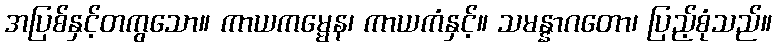
အပြစ်နှင့်တကွသော။ ကာယကမ္မေန၊ ကာယကံနှင့်။ သမန္နာဂတော၊ ပြည့်စုံသည်။